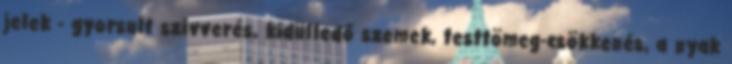
jelek - gyorsult szívverés, kidülledő szemek, testtömeg-csökkenés, a nyak